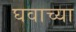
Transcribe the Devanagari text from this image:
घवाच्या